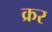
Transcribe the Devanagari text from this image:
क्रर